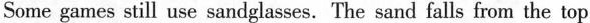
Some games still use sandglasses. The sand falls from the top